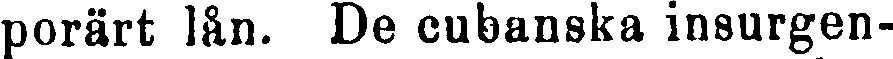
porärt lån. De cubanska insurgen-